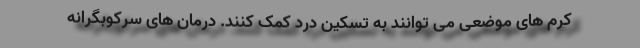
کرم های موضعی می توانند به تسکین درد کمک کنند. درمان های سرکوبگرانه